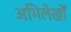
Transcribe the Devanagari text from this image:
अभिलेखोँ